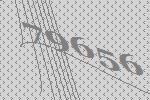
79656